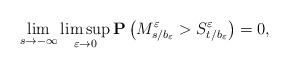
LaTeX: \begin{align*}\lim_{s \to -\infty} \limsup_{\varepsilon\rightarrow 0} \mathbf{P}\left(M^{\varepsilon}_{s/b_{\varepsilon}} > S^{\varepsilon}_{t/b_\varepsilon}\right)=0,\end{align*}